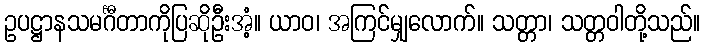
ဥပဋ္ဌာနသမင်္ဂီတာကိုပြဆိုဦးအံ့။ ယာဝ၊ အကြင်မျှလောက်။ သတ္တာ၊ သတ္တဝါတို့သည်။